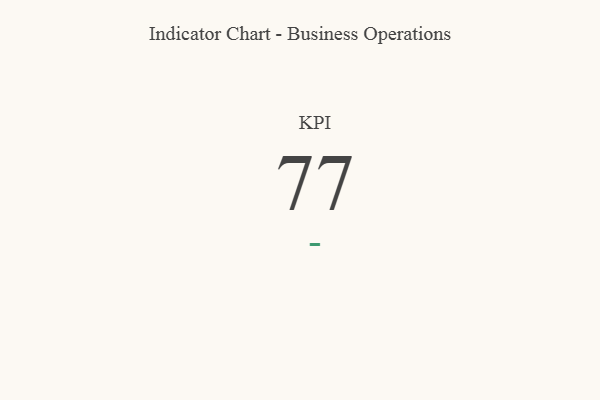
{"axis": {"x": "KPI", "y": "Value"}, "legend": [""], "data": [{"x": "KPI", "y": 77, "type": ""}]}